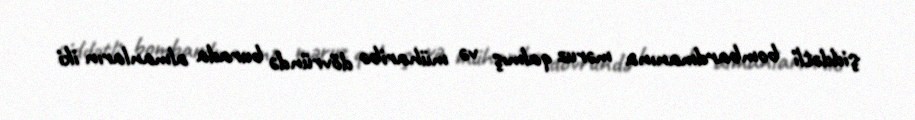
şiddətli bombardmanına məruz qalmış və müharibə dövründə burada almanların iki